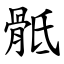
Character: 骶